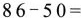
$$86-50= $$